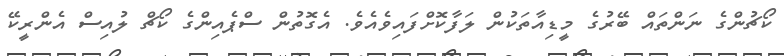
ކޯޗުންގެ ނަންތައް ބޭރުގެ މީޑިއާތަކުން ލަފާކޮށްފައިވެއެވެ. އެގޮތުން ސްޕެއިންގެ ކޯޗް ލުއިސް އެންރީކޭ